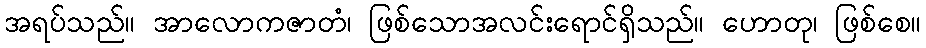
အရပ်သည်။ အာလောကဇာတံ၊ ဖြစ်သောအလင်းရောင်ရှိသည်။ ဟောတု၊ ဖြစ်စေ။